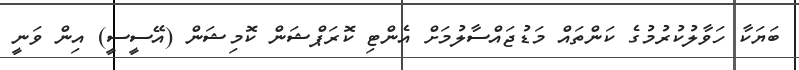
ބަޔަކާ ހަވާލުކުރުމުގެ ކަންތައް މަޑުޖައްސާލުމަށް އެންޓި ކޮރަޕްޝަން ކޮމިޝަން (އޭސީސީ) އިން ވަނީ